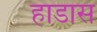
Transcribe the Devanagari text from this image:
हाडास